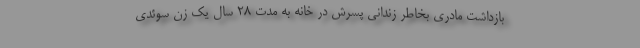
بازداشت مادری بخاطر زندانی پسرش در خانه به مدت 28 سال یک زن سوئدی